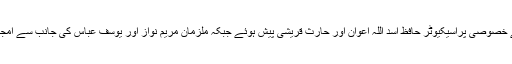
اس دوران نیب کی طرف سے خصوصی پراسیکیوٹر حافظ اسد اللہ اعوان اور حارث قریشی پیش ہوئے جبکہ ملزمان مریم نواز اور یوسف عباس کی جانب سے امجد پرویز ایڈووکیٹ پیش ہوئے۔